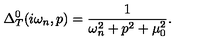
\Delta _ { T } ^ { 0 } ( i \omega _ { n } , p ) = \frac { 1 } { \omega _ { n } ^ { 2 } + p ^ { 2 } + \mu _ { 0 } ^ { 2 } } .